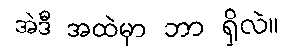
အဲဒီ အထဲမှာ ဘာ ရှိလဲ။